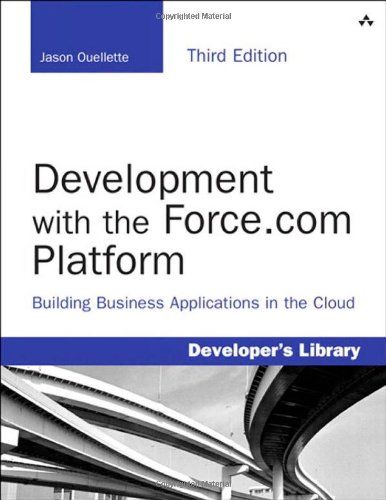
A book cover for Development with the Force.com Platform: Building Business Applications in the Cloud (3rd Edition) (Developer's Library); Jason Ouellette; Computers & Technology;